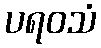
ပရဝသံ